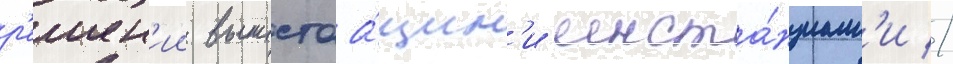
р'ешен'ии вышестоа́щим'и инста́нциам'и //